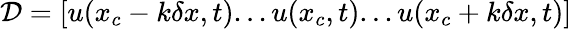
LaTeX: \mathcal{D}=[u(x_{c}-k\delta x,t)...u(x_{c},t)...u(x_{c}+k\delta x,t)]